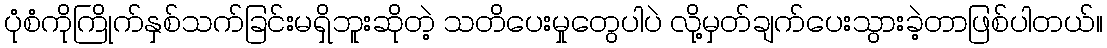
ပုံစံကိုကြိုက်နှစ်သက်ခြင်းမရှိဘူးဆိုတဲ့ သတိပေးမှုတွေပါပဲ လို့မှတ်ချက်ပေးသွားခဲ့တာဖြစ်ပါတယ်။